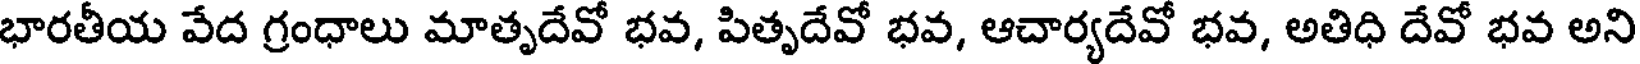
భారతీయ వేద గ్రంధాలు మాతృదేవో భవ, పితృదేవో భవ, ఆచార్యదేవో భవ, అతిధి దేవో భవ అని